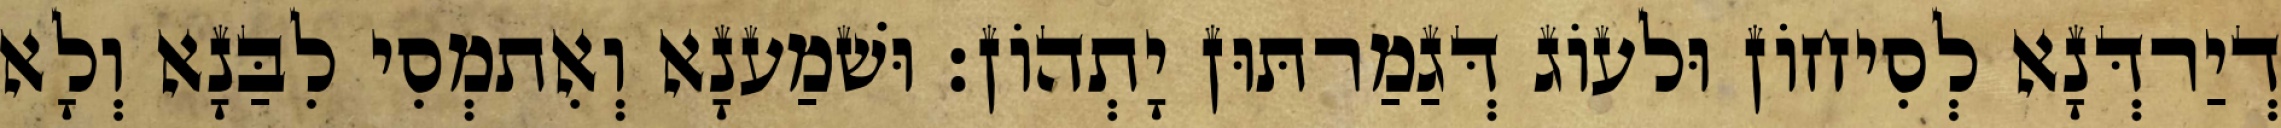
דְיַרדְּנָא לְסִיחוֹן וּלעוֹג דְּגַמַרתּוּן יָתְהוֹן׃ וּשׁמַענָא וְאִתמְסִי לִבַּנָא וְלָא